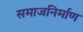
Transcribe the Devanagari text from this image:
समाजनिर्माण